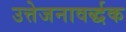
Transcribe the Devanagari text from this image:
उत्तेजनावर्द्धक